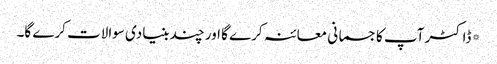
*ڈاکٹر آپ کا جسمانی معائنہ کرے گا اور چند بنیادی سوالات کرے گا۔